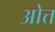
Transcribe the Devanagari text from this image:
ओत्त